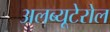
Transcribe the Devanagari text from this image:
अलब्यूटेरोल